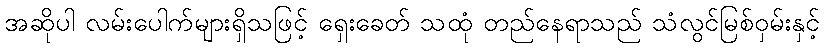
အဆိုပါ လမ်းပေါက်များရှိသဖြင့် ရှေးခေတ် သထုံ တည်နေရာသည် သံလွင်မြစ်ဝှမ်းနှင့်